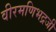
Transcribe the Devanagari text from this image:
वीरमणिभद्रजी